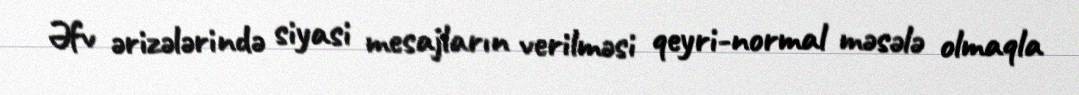
Əfv ərizələrində siyasi mesajların verilməsi qeyri-normal məsələ olmaqla